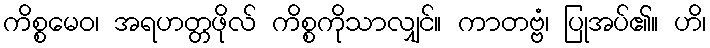
ကိစ္စမေဝ၊ အရဟတ္တဖိုလ် ကိစ္စကိုသာလျှင်။ ကာတဗ္ဗံ၊ ပြုအပ်၏။ ဟိ၊